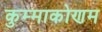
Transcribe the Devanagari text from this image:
कुम्माकोणम